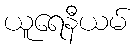
ယူရေနီယမ်